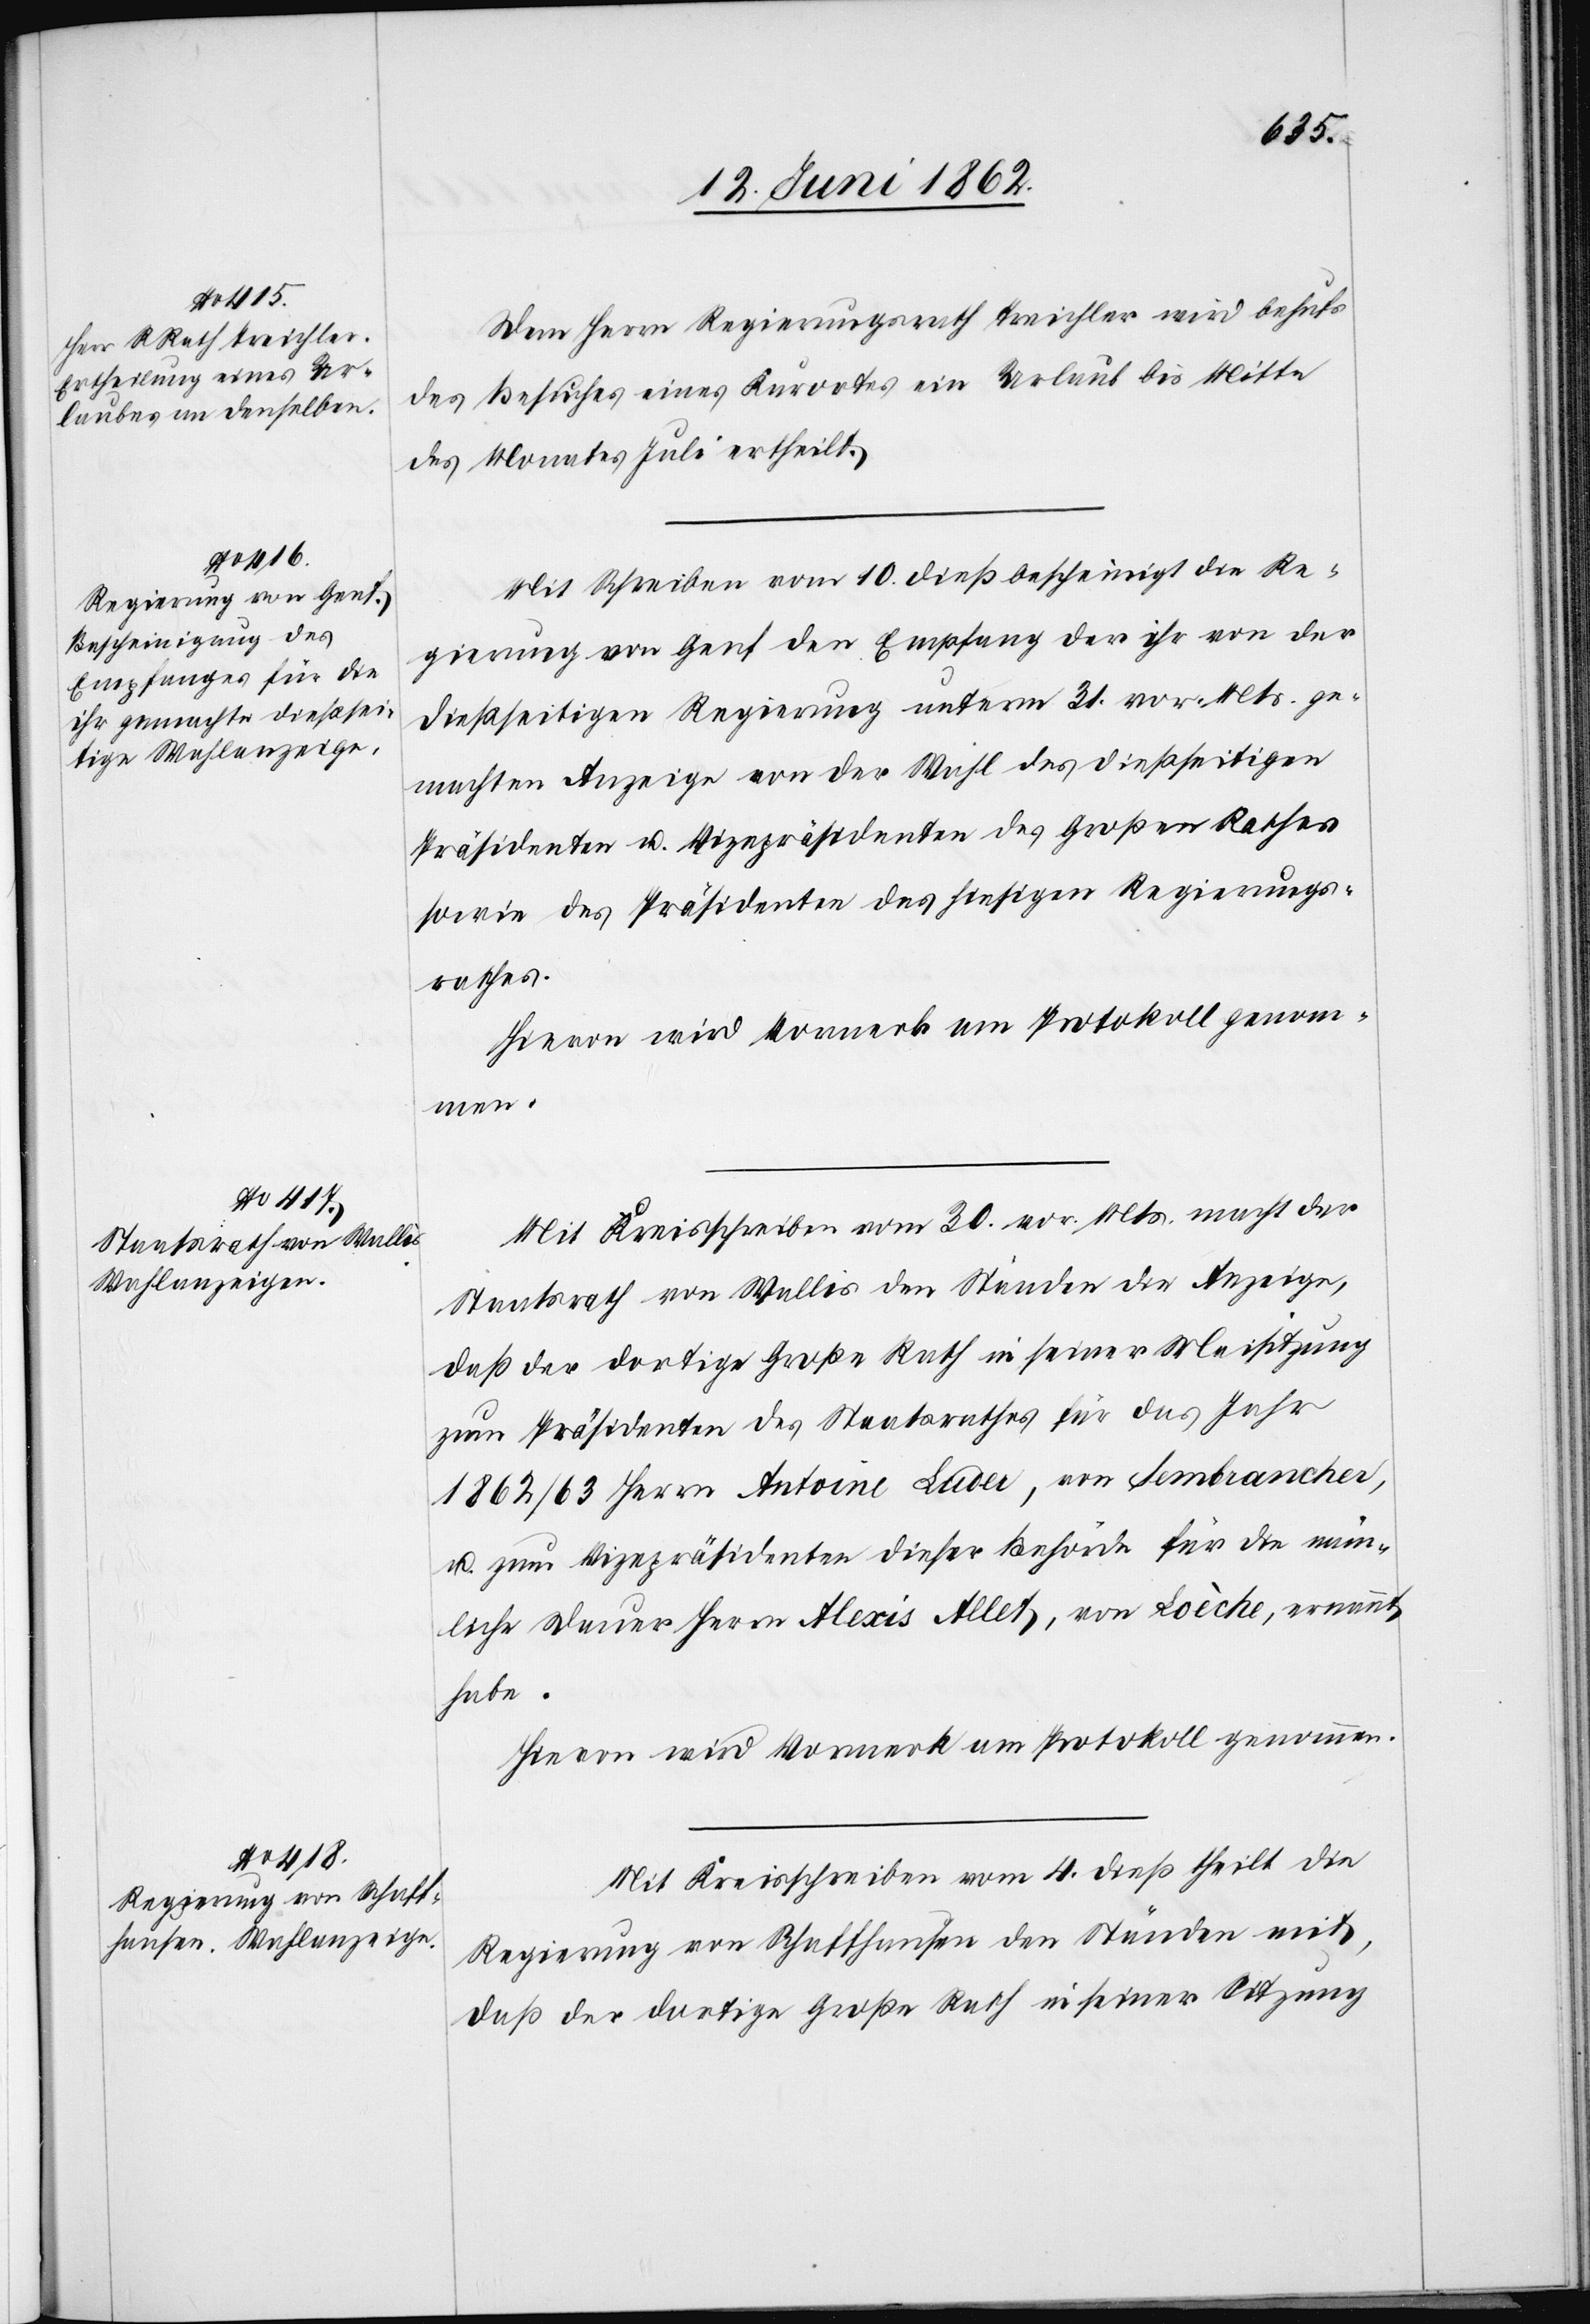
Dem Herrn Regierungsrath Treichler wird behufs
des Besuches eines Kurortes ein Urlaub bis Mitte
des Monates Juli ertheilt.
Mit Schreiben vom 10. dieß bescheinigt die Re¬
gierung von Genf den Empfang der ihr von der
dießseitigen Regierung unterm 31. vor. Mts. ge¬
machten Anzeige von der Wahl des dießseitigen
Präsidenten u. Vizepräsidenten des Großen Rathes
sowie des Präsidenten des hiesigen Regierungs¬
rathes.
Hievon wird Vormerk am Protokoll genom¬
men.
Mit Kreisschreiben vom 30. vor. Mts. macht der
Staatsrath von Wallis den Ständen die Anzeige,
daß der dortige Große Rath in seiner Meisitzung
zum Präsidenten des Staatsrathes für das Jahr
1862/63 Herrn Antoine Luber, von Sembrancher,
u. zum Vizepräsidenten dieser Behörde für die näm¬
liche Dauer Herr Alexis Allet, von Loèche, ernannt
habe.
Hievon wird Vormerk am Protokoll genommen.
Mit Kreisschreiben vom 4. dieß theilt die
Regierung von Schaffhausen den Ständen mit,
daß der dortige Große Rath in seiner Sitzung